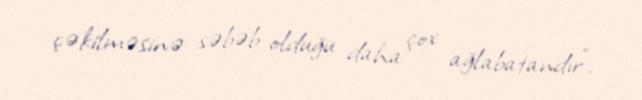
çəkilməsinə səbəb olduğu daha çox ağlabatandır”.